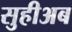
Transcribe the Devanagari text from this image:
सुहीअब